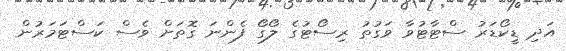
އަދި ޑީކޯޑަރު ސްޓާޓުވާ ވަގުތު ރިސޯޓުގެ ލޯގޯ ފެންނަ ގޮތަށް ވެސް ކަސްޓަމަރުން